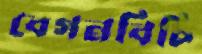
বেগনবিচি